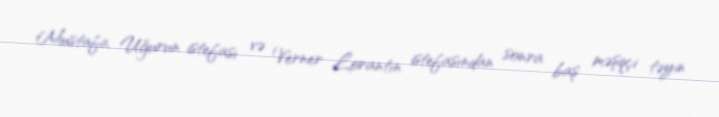
Mustafa Uğurun istefası və Verner Lorantın istefasından sonra baş məşqçi təyin